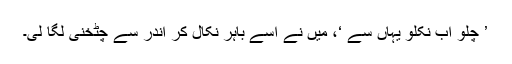
’ چلو اب نکلو یہاں سے ‘، میں نے اسے باہر نکال کر اندر سے چٹخنی لگا لی۔